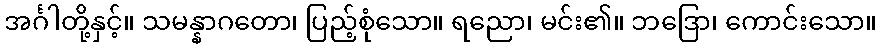
အင်္ဂါတို့နှင့်။ သမန္နာဂတော၊ ပြည့်စုံသော။ ရညော၊ မင်း၏။ ဘဒြော၊ ကောင်းသော။